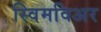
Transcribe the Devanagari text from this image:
स्विमविअर